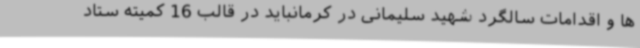
ها و اقدامات سالگرد شهید سلیمانی در کرمانباید در قالب 16 کمیته ستاد